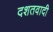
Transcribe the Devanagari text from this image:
दशतवादी